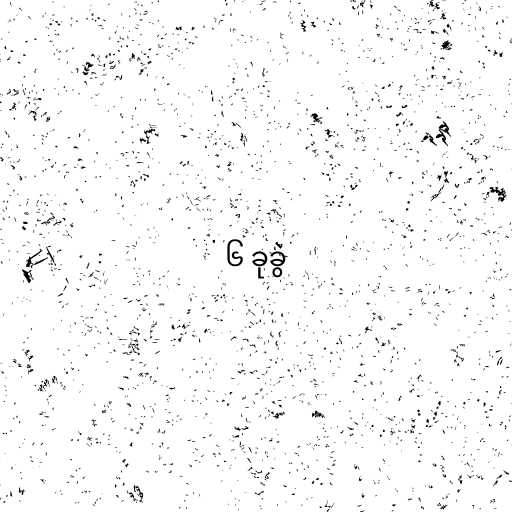
၆ ခုခွဲ